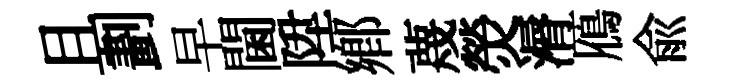
且劃早閫陞鄕蔑熒漘鴈俞